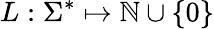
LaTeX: L:\Sigma^{*}\mapsto\mathbb{N}\cup\{ 0\}